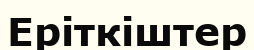
Еріткіштер